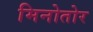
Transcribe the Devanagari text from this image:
मिनोतोर